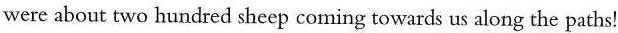
were about two hundred sheep coming towards us along the paths!